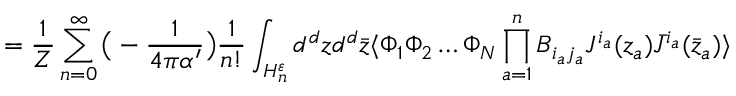
= { \frac { 1 } { Z } } \sum _ { n = 0 } ^ { \infty } \big ( - { \frac { 1 } { 4 \pi \alpha ^ { \prime } } } \big ) { \frac { 1 } { n ! } } \int _ { { \cal H } _ { n } ^ { \varepsilon } } d ^ { d } z d ^ { d } \bar { z } \langle \Phi _ { 1 } \Phi _ { 2 } \dots \Phi _ { N } \prod _ { a = 1 } ^ { n } B _ { i _ { a } j _ { a } } J ^ { i _ { a } } ( z _ { a } ) \bar { J } ^ { i _ { a } } ( \bar { z } _ { a } ) \rangle